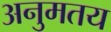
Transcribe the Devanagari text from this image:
अनुमतय